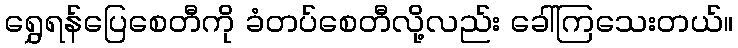
ရွှေရန်ပြေစေတီကို ခံတပ်စေတီလို့လည်း ခေါ်ကြသေးတယ်။